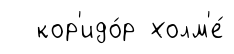
кор'идо́р холм'е́